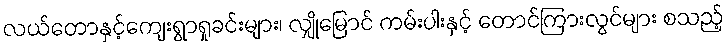
လယ်တောနှင့်ကျေးရွာရှုခင်းများ၊ လျှိုမြောင် ကမ်းပါးနှင့် တောင်ကြားလွင်များ စသည့်